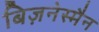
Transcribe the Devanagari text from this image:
बिज़नेस्मैन